Sanitation, dispensaries and jails vaccination Rajputana 1922-1927 - 1922-1927
Year: 1922
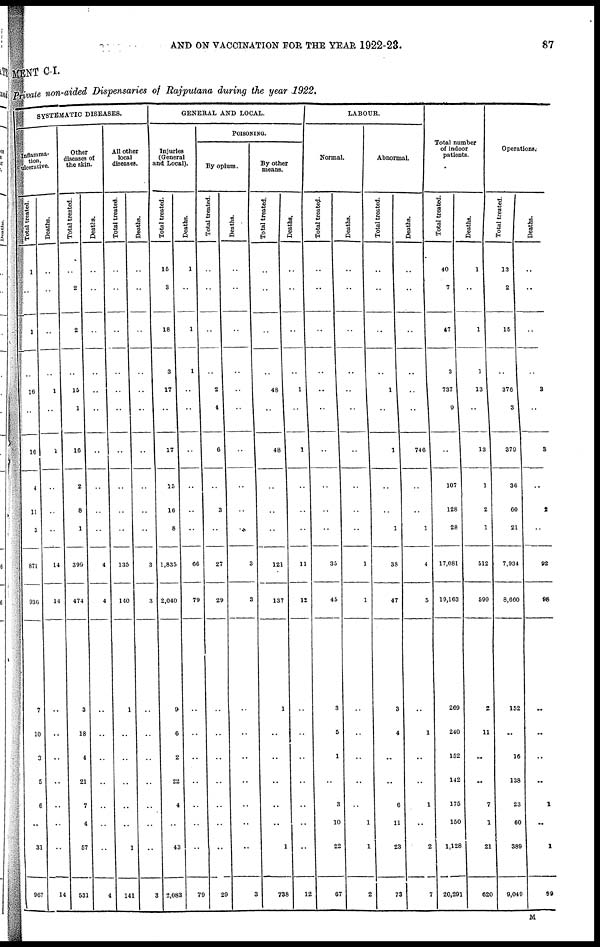
AND ON VACCINATION FOR THE YEAR 1922-23.
87
MENT C-I.
Private non-aided Dispensaries of Rajputana during the year 1922.
SYSTEMATIC DISEASES.
Inflamma-
tion,
ulcerative.
Total treated.
1
..
1
..
16
..
16
4
11
3
871
936
7
10
3
5
6
..
31
967
Deaths.
..
..
..
..
1
..
1
..
..
..
14
14
..
..
..
..
..
..
..
14
Other
diseases of
the skin.
Total treated.
..
2
2
..
16
1
16
2
8
1
399
474
3
18
4
21
7
4
57
531
Deaths.
..
..
..
..
..
..
..
..
..
..
4
4
..
..
..
..
..
..
..
4
All other
local
diseases.
Total treated.
..
..
..
..
..
..
..
..
..
..
135
140
1
..
..
..
..
..
1
141
Deaths.
..
..
..
..
..
..
..
..
..
..
3
3
..
..
..
..
..
..
..
3
GENERAL AND LOCAL.
Injuries
(General
and Local).
Total treated.
15
3
18
3
17
..
17
15
16
8
1,835
2,040
9
6
2
22
4
..
43
2,083
Deaths.
1
..
1
1
..
..
..
..
..
..
66
79
..
..
..
..
..
..
..
79
POISONING.
By opium.
Total treated.
..
..
..
..
2
4
6
..
3
..
27
29
..
..
..
..
..
..
..
29
Deaths.
..
..
..
..
..
..
..
..
..
..
3
3
..
..
..
..
..
..
..
3
By other
means.
Total treated.
..
..
..
..
48
..
48
..
..
..
121
137
1
..
..
..
..
..
1
738
Deaths.
..
..
..
..
1
..
1
..
..
..
11
12
..
..
..
..
..
..
V
12
LABOUR.
Normal.
Total treated.
..
..
..
..
..
..
..
..
..
..
35
45
3
5
1
..
3
10
22
67
Deaths.
..
..
..
..
..
..
..
..
..
..
1
1
..
..
..
..
..
1
1
2
Abnormal.
Total treated.
..
..
..
..
1
..
1
..
1
38
47
3
4
..
..
6
11
23
73
Deaths.
..
..
..
..
..
..
746
..
..
1
4
5
..
1
..
..
1
..
2
7
Total number
of indoor
patients.
Total treated.
40
7
47
3
737
9
..
107
128
28
17,081
19,163
269
240
152
142
175
150
1,128
20,291
Deaths.
1
..
1
1
13
..
13
1
2
1
512
599
2
11
..
..
7
1
21
620
Operations.
Total treated.
13
2
15
..
376
3
379
36
60
21
7,934
8,660
152
..
16
138
23
60
389
9,049
Deaths.
..
..
..
..
3
..
3
..
2
..
92
98
..
..
..
..
1
..
1
99
M